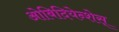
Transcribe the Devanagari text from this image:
ओबिदियेन्शेस्